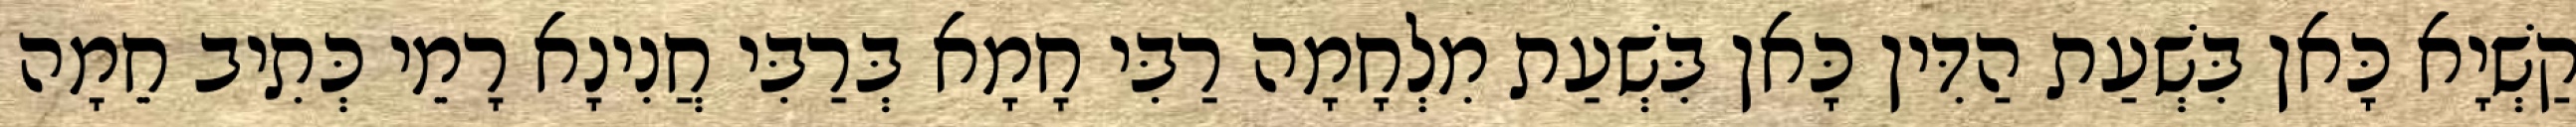
קַשְׁיָא כָּאן בִּשְׁעַת הַדִּין כָּאן בִּשְׁעַת מִלְחָמָה רַבִּי חָמָא בְּרַבִּי חֲנִינָא רָמֵי כְּתִיב חֵמָה